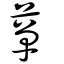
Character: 蕇